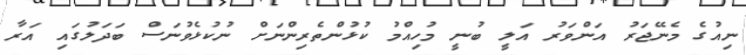
ނިއުގެ މެނޭޖަރު އަންވަރު އަލީ ބުނީ މުހިއްމު ކުޅުންތެރިންނަށް ނުކުޅެވުނަސް ބަދަލުގައި އަރާ